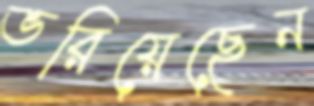
ভরিয়েছেন